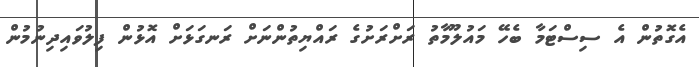
އެގޮތުން އެ ސިސްޓަމާ ބެހޭ މައުލޫމާތު ރަށްރަށުގެ ރައްޔިތުންނަށް ރަނގަޅަށް އޮޅުން ފިލުވައިދިނުމުން